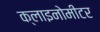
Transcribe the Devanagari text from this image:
क्लाइनोमीटर